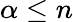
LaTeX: \alpha\le n